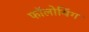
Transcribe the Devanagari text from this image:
फॉलोयिंग